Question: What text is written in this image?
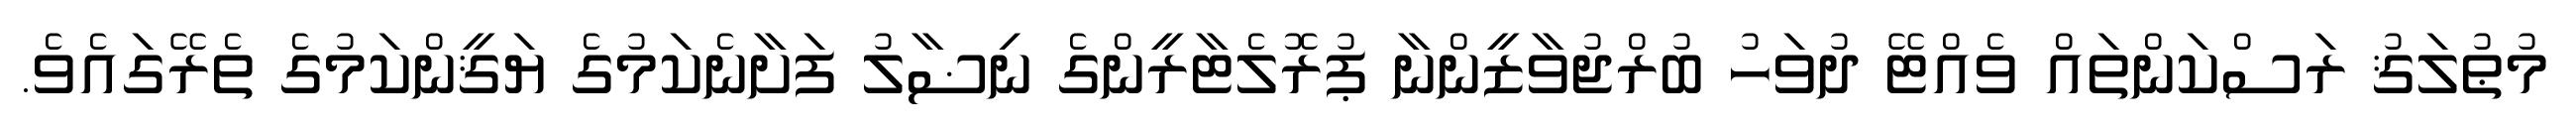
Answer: މުޠުލަޤު ރަސްކަންތައް ވެއްޓޭ ދުވަހު ބުރްޖުވާޒީންނާ ޕުރޮލެޓާރީންގެ ނިޟާލު ފަށާނެކަމުގެ ޔަޤީންކަމުގެ ތެރޭގައެވެ.